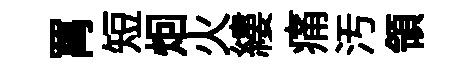
罥短𤇆火縷痛汚領